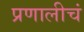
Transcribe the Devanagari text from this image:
प्रणालीचं